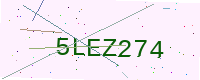
Text: 5LEZ274